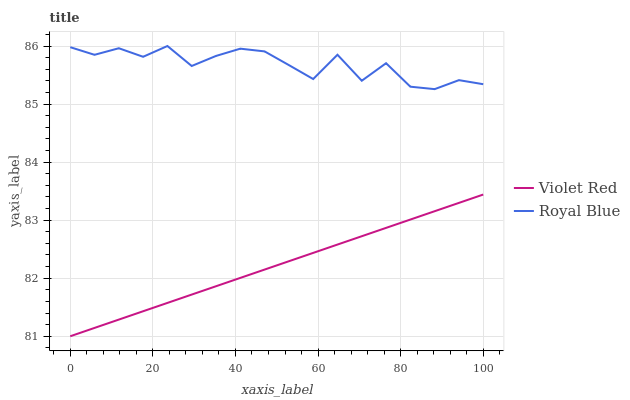
| xaxis_label | Violet Red | Royal Blue |
 | --- | --- | --- |
 | 0 | 81 | 86 |
 | 5.88 | 81.1 | 85.8 |
 | 11.8 | 81.3 | 86 |
 | 17.6 | 81.4 | 85.8 |
 | 23.5 | 81.6 | 86 |
 | 29.4 | 81.7 | 85.7 |
 | 35.3 | 81.9 | 85.8 |
 | 41.2 | 82 | 86 |
 | 47.1 | 82.1 | 85.9 |
 | 52.9 | 82.3 | 85.7 |
 | 58.8 | 82.4 | 85.4 |
 | 64.7 | 82.6 | 85.8 |
 | 70.6 | 82.7 | 85.4 |
 | 76.5 | 82.9 | 85.7 |
 | 82.4 | 83 | 85.3 |
 | 88.2 | 83.2 | 85.3 |
 | 94.1 | 83.3 | 85.4 |
 | 100 | 83.4 | 85.3 |